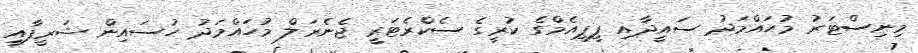
މިނިސްޓަރު މުހައްމަދު ސައީދާއި ޕީޕީއެމްގެ ކުރީގެ ސެކްރެޓަރީ ޖެނެރަލް މުހައްމަދު ހުސައިން ޝަރީފާއި